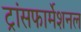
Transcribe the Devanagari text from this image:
ट्रांसफार्मेशनल